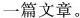
一篇文章。